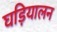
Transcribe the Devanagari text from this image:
घड़ियालन